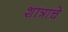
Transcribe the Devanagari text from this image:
शात्राचे